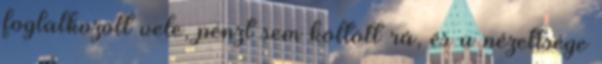
foglalkozott vele, pénzt sem költött rá, és a nézettsége